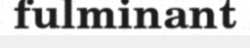
fulminant